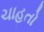
ચાહતો